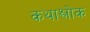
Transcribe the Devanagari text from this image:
कथाश्लोक